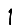
Digit: 1